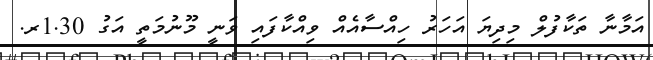
އަމާނާ ތަކާފުލް މިދިޔަ އަހަރު ހިއްސާއެއް ވިއްކާފައި ވަނީ މޫނުމަތީ އަގު 1.30ރ.